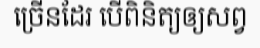
ច្រើនដែរ បើពិនិត្យឲ្យសព្វ